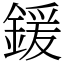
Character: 鍰